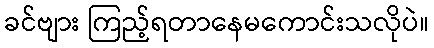
ခင်ဗျား ကြည့်ရတာနေမကောင်းသလိုပဲ။